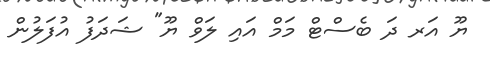
ޔޫ އަރ ދަ ބެސްޓް މަމް އައި ލަވް ޔޫ" ޝަދަފު އުފަލުން